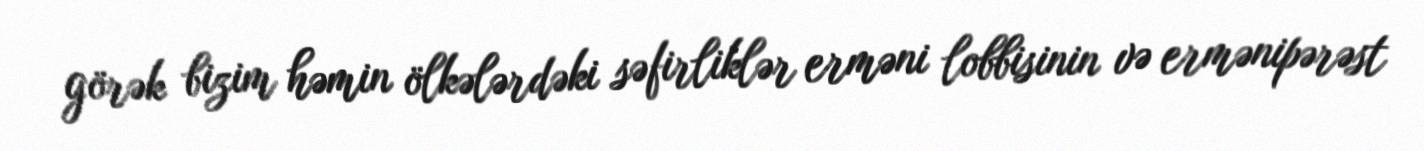
görək bizim həmin ölkələrdəki səfirliklər erməni lobbisinin və ermənipərəst